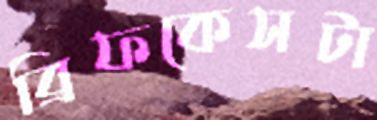
ব্রিফকেসটা